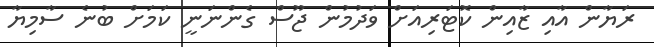
ރަޔާން އާއި ޒާއިން ކޮޓަރިއަށް ވަދުމުން ޖޫސް ގެންނަނީ ކަމަށް ބުނެ ސާމިޔާ